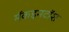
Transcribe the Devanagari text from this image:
मॅकइनटॉश